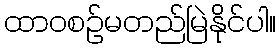
ထာဝစဉ်မတည်မြဲနိုင်ပါ။